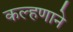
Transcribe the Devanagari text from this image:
कल्हणाने